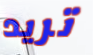
تريد